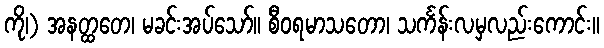
ကို၊) အနတ္ထတေ၊ မခင်းအပ်သော်။ စီဝရမာသတော၊ သင်္ကန်းလမှလည်းကောင်း။